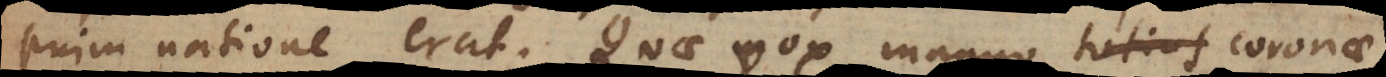
enim natione erat. Quae vox magno coronae